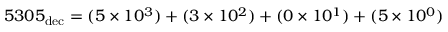
5 3 0 5 _ { \mathrm { d e c } } = ( 5 \times 1 0 ^ { 3 } ) + ( 3 \times 1 0 ^ { 2 } ) + ( 0 \times 1 0 ^ { 1 } ) + ( 5 \times 1 0 ^ { 0 } )